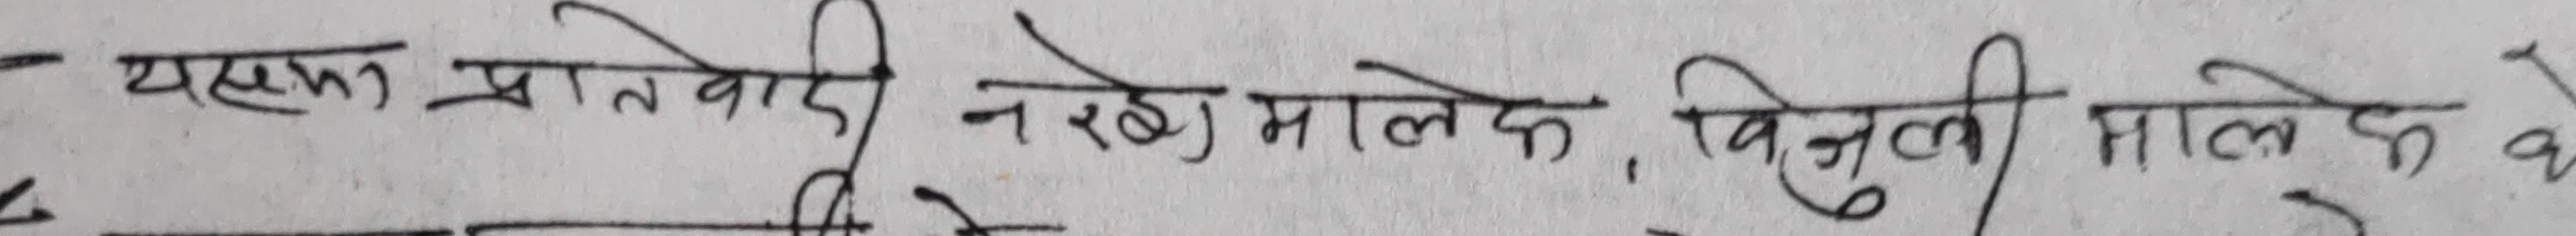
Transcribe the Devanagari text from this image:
येस प्रांतवादी नरेख मालिक, बिनुली मालिक वे